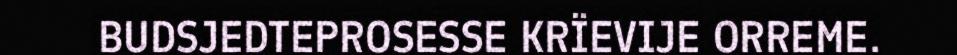
BUDSJEDTEPROSESSE KRÏEVIJE ORREME.